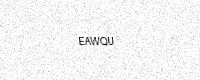
Text: EAWQU